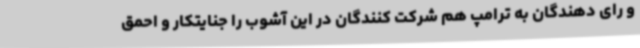
و رای دهندگان به ترامپ هم شرکت کنندگان در این آشوب را جنایتکار و احمق